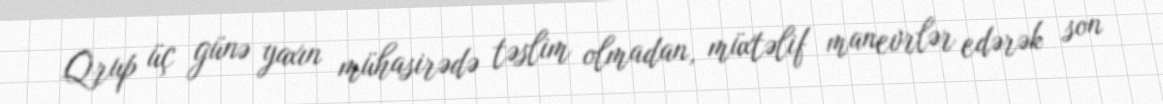
Qrup üç günə yaxın mühasirədə təslim olmadan, müxtəlif manevrlər edərək son